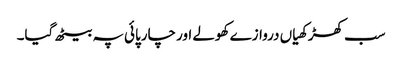
سب کھڑکھیاں دروازے کھولے اور چارپائی پہ بیٹھ گیا۔